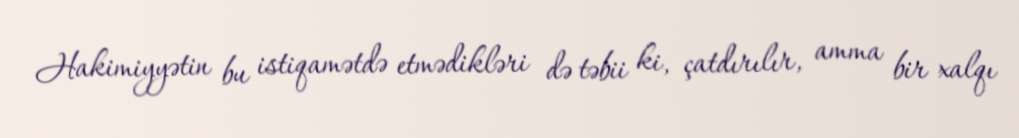
Hakimiyyətin bu istiqamətdə etmədikləri də təbii ki, çatdırılır, amma bir xalqı